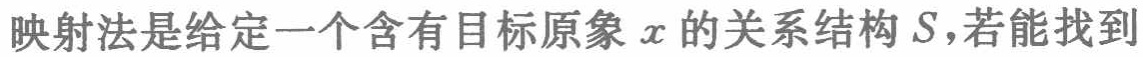
映射法是给定一个含有目标原象\(x\)的关系结构\(S\)，若能找到